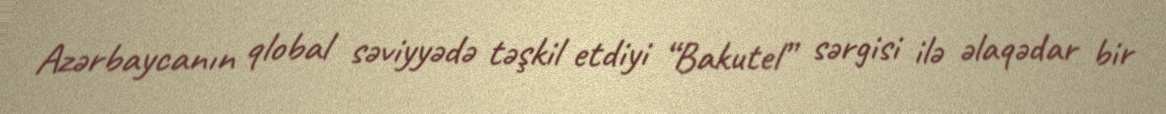
Azərbaycanın qlobal səviyyədə təşkil etdiyi “Bakutel” sərgisi ilə əlaqədar bir